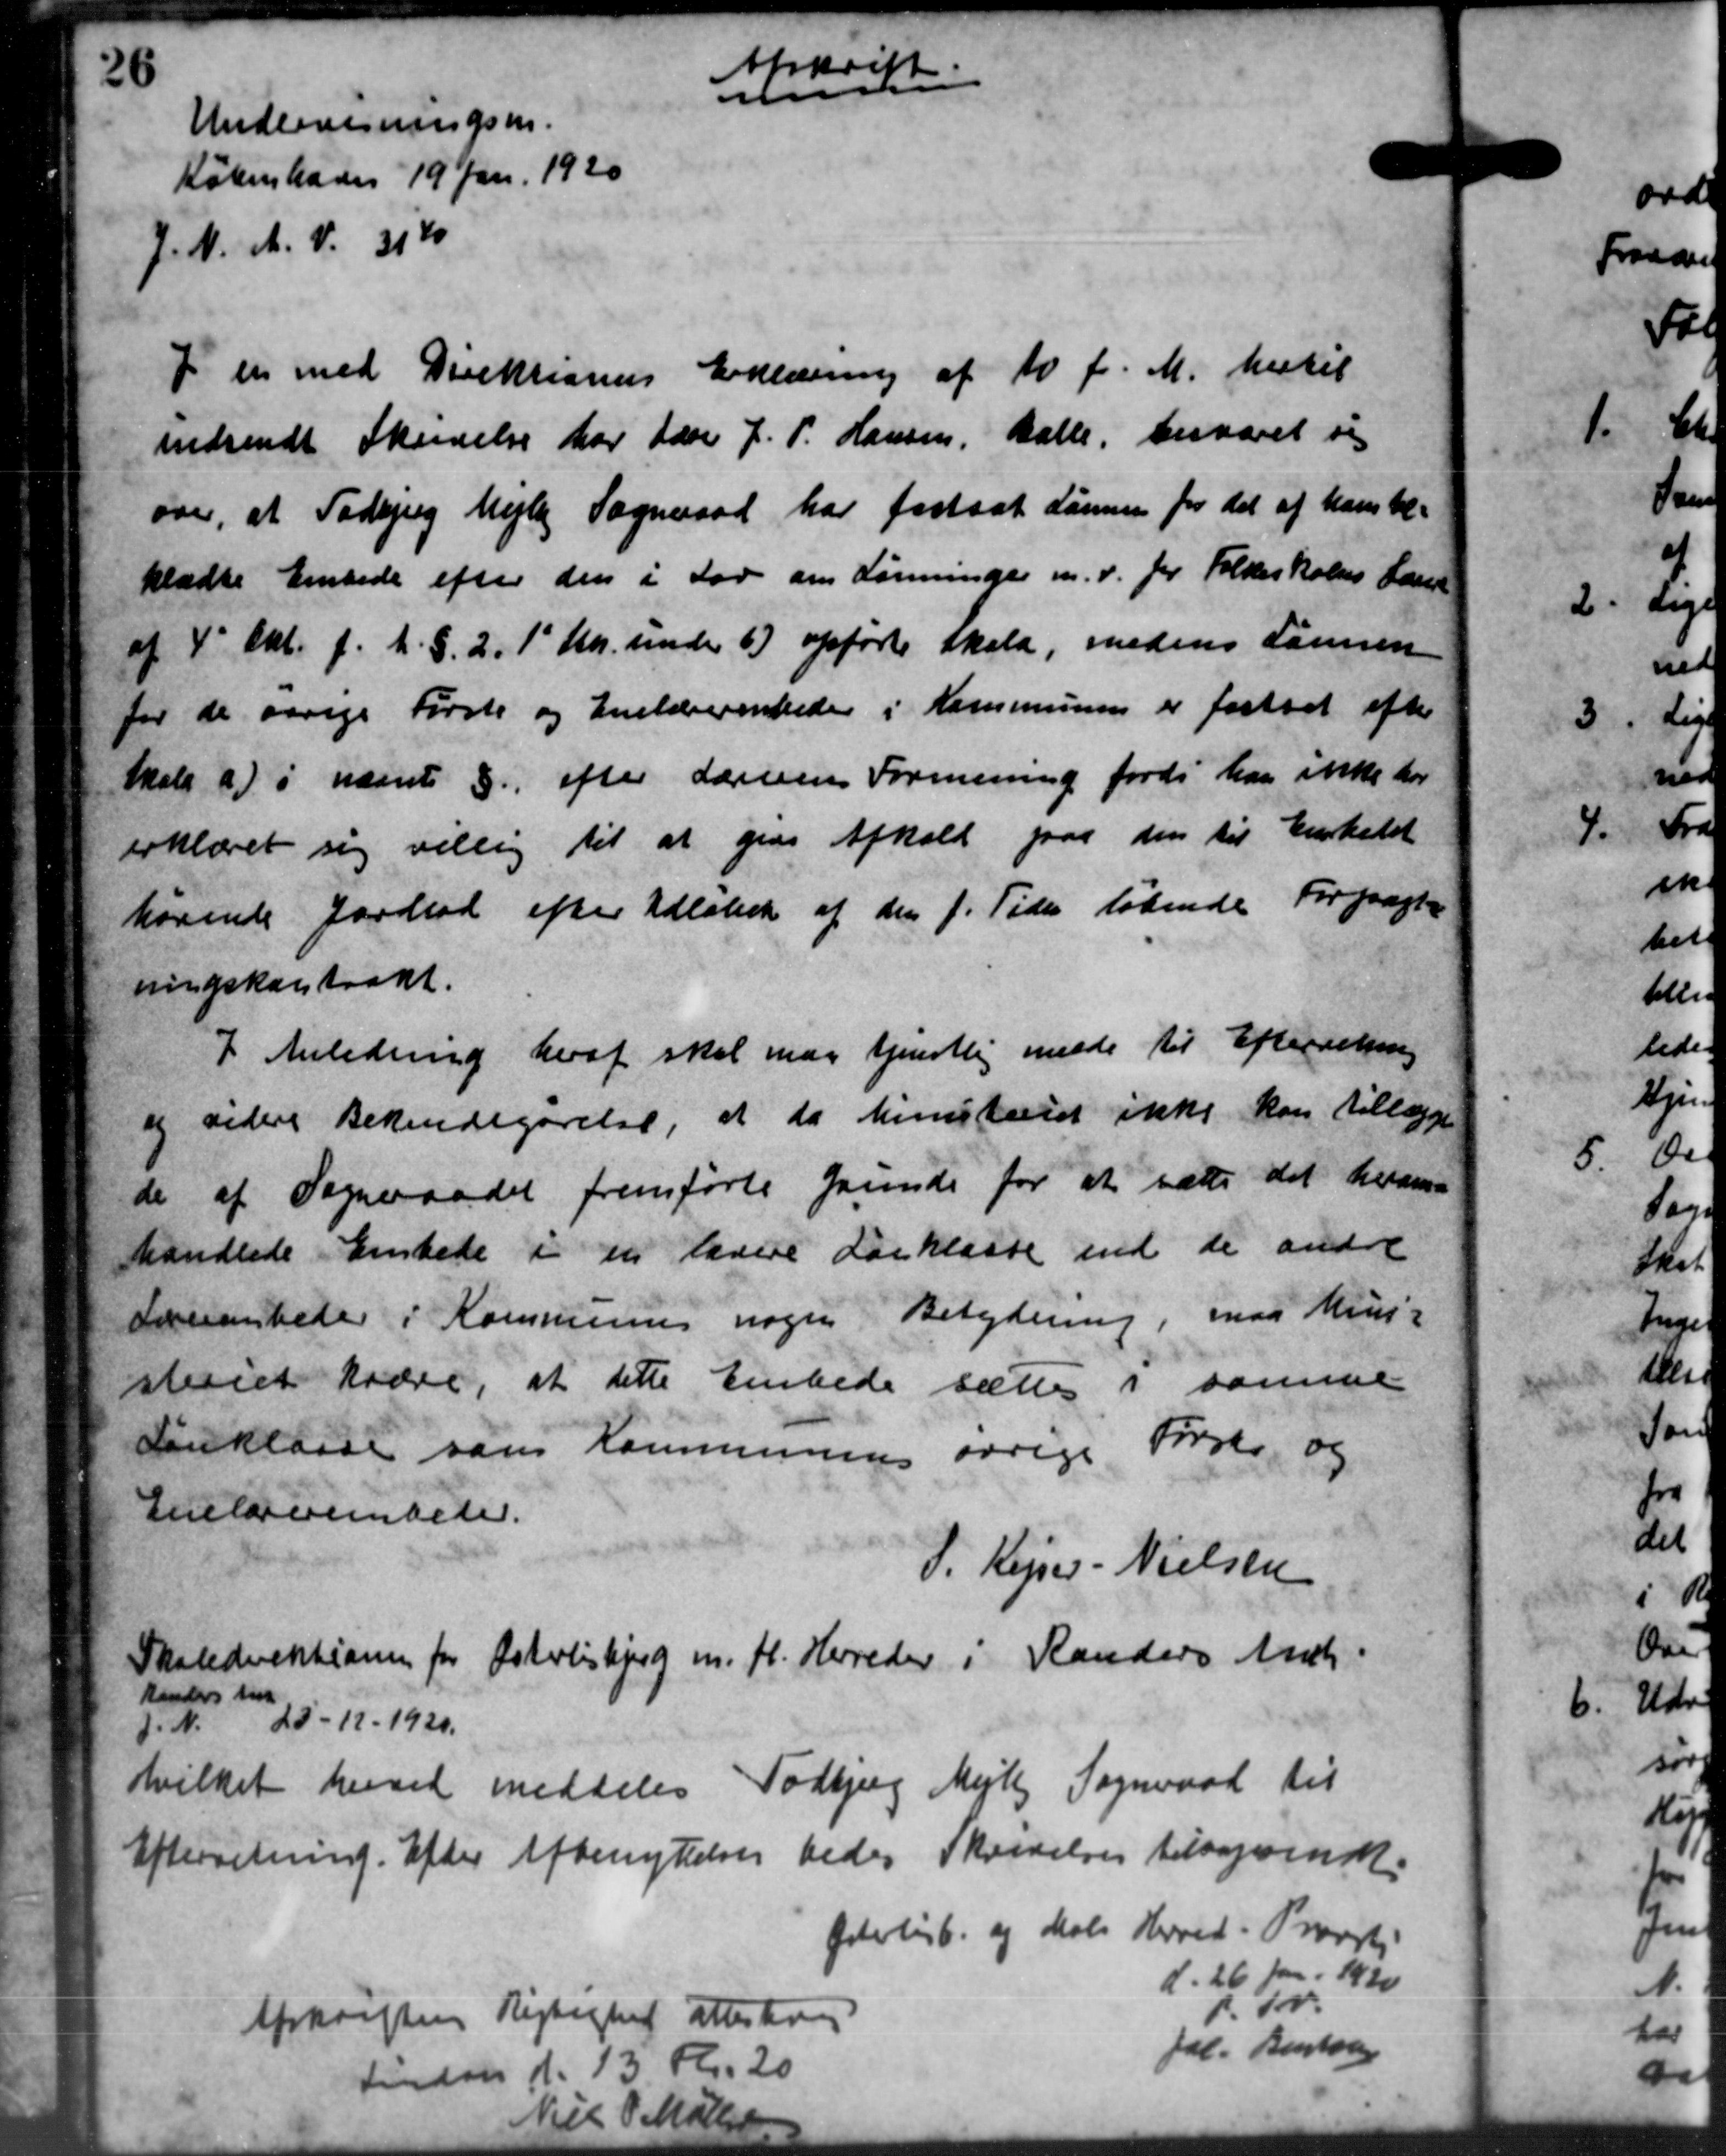
Transskription:
Afskrift.
n
Undervisningsm.
København 19 Jan. 1920
J. N. A. V. 314
f en med Direktionens Erklæring af 10 f. M. hertil
indsendt Skrivelse har Lærer J. P. Hansen, Balle, besvaret sig
over, at Todbjerg Mejlby Sogneraad har fastsat Lønnen for det af hans be-
kladte Embede efter den i Lov om Lønninger m.v. for Folkeskolens Laur
af 4' Okt. f. A. S. 2. 1' Stk. under 6) opførte skale, medens Lønnen
for de øvrige Første og Enelærerentede i Kommunen er fastsat efter
Skale a) i nævnte §. efter Lærerens Formening fordi han ikke for
erklæret sig villig til at give Afhold paa den til Enkelet
hørende fordlod efter Udløbet af den f. Tider løbende Forpagt-
ningskontrakt.
I Anledning heraf skal man tjenstlig medde til Efterretning
og videre Bekendtgørelse, at da Ministeriet ikke kan tillægge
de af Sogneraadet fremførte Grunde for at sætte det herom
handlede Enkede i en lavere Forklaste end de andre
Sorerenheder i Kommunes nogen Betydning, maa Mini-
steriet kødre, at dette Embede sættes i samme
Forklasse som Kommunens øvrige Forste, og
Anelovembeder.
P. Kejser-Nielsen
Skoledirektionen for Østerlisbjerg m. fl. Herreder i Randers Amts-
tanders til
d. N. 25 - 12 - 1920.
hvilket hervet meddeles Todbjerg Mejlby Sogneraad til
Efterretning. Efter Afbenyttelser bedes Skrivelse tilsagnendte
Øderligt og Maler Herved Provsti
d. 26 Jan. 1920
p. Fv.
Fol. Bertor
Afskriften Rigtighed attestering
finden d. 13 Kr. 20
Niels P Mølle